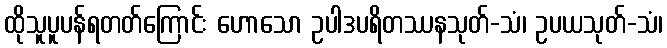
ထိုသူပူပန်ရတတ်ကြောင်း ဟောသော ဥပါဒပရိတဿနသုတ်-သံ၊ ဥပယသုတ်-သံ၊